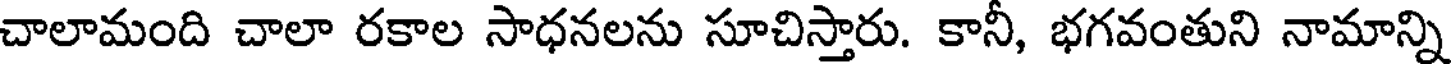
చాలామంది చాలా రకాల సాధనలను సూచిస్తారు. కానీ, భగవంతుని నామాన్ని